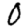
Digit: 0